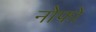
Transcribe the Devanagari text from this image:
नोफो